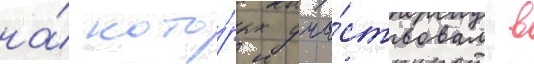
на́ кото́рых уча́ствовал в